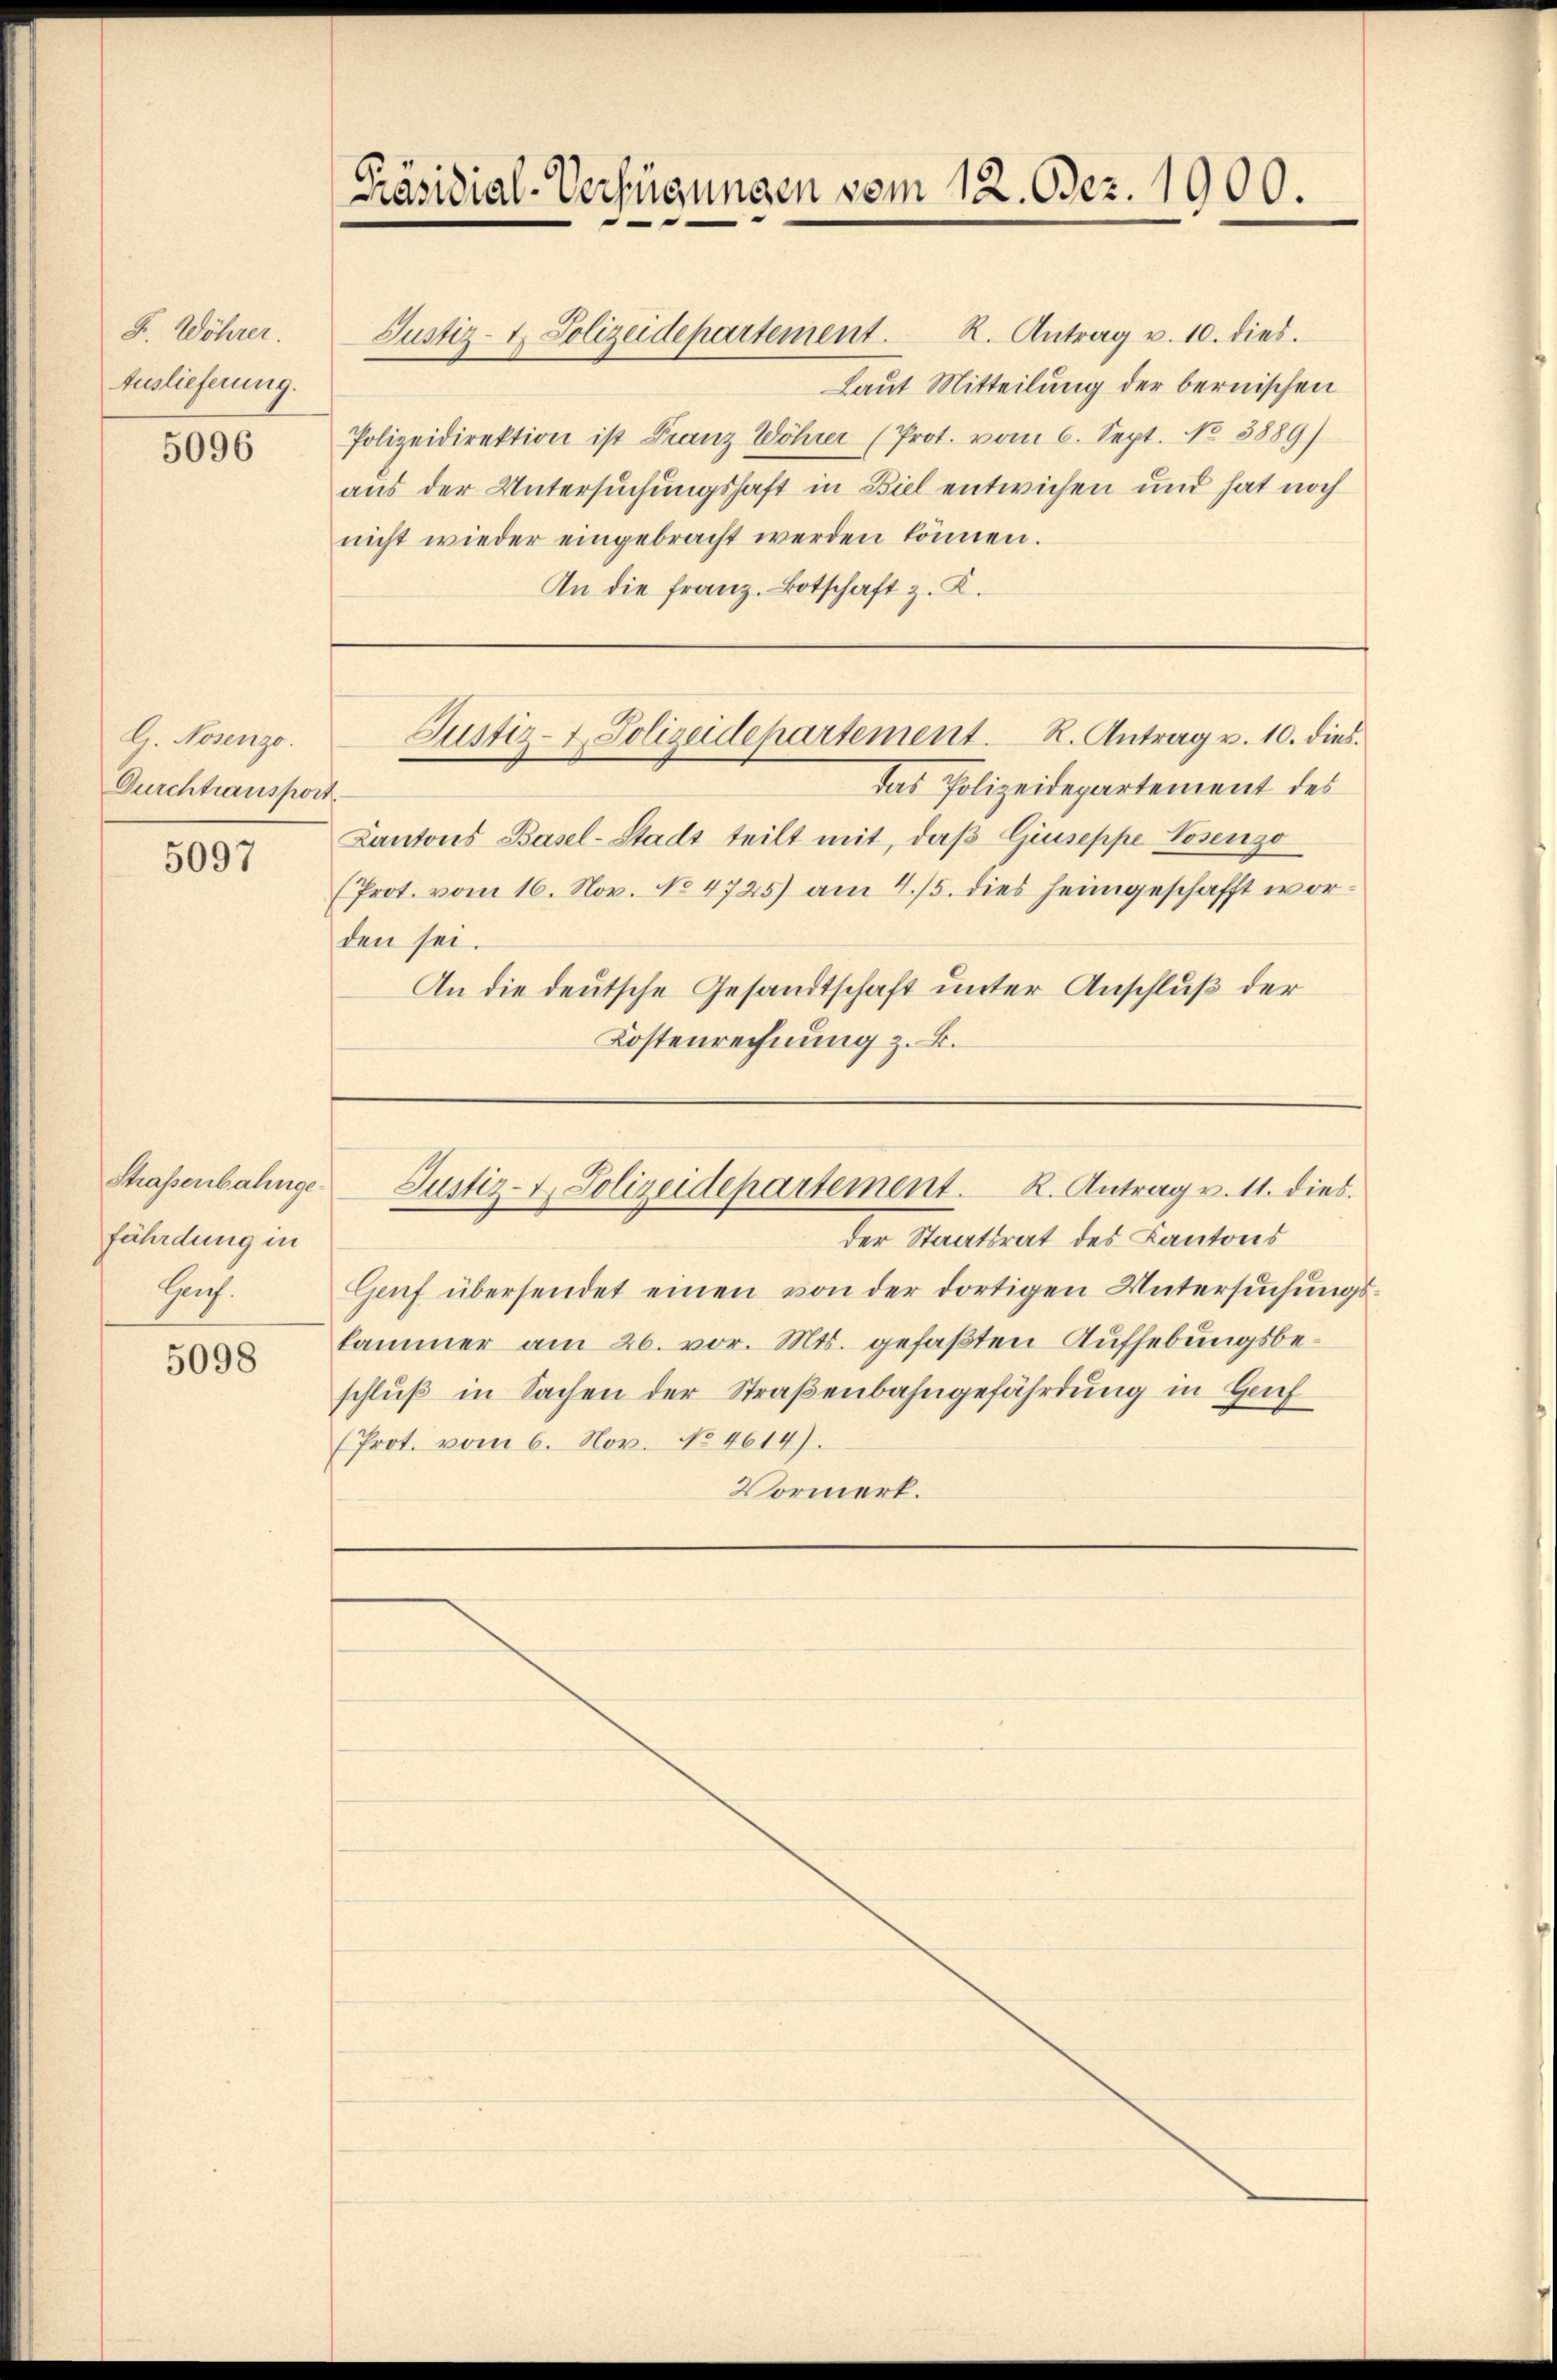
F. Wöhrer.
Auslieferung.

5096

G. Nosenzo.
Durchtransport

5097

Straßenbahngefährdung in
Hch.

5098

nicht wieder eingebracht werden können.
An die franz. Botschaft z. K.

Präsidial-Verfügungen vom 12. Dez. 1900.

R. Antrag v. 10. dies.
Laut Mitteilung der bernischen
Polizeidirektion ist Franz Wöhrer (Prot. vom 6. Sept. No 3889)
aus der Untersuchungshaft in Biel entwichen und hat noch

Justiz- & Polizeidepartement.

Das Polizeidepartement des
Cantons Basel-Stadt teilt mit, daβ Giuseppe Posenzo
(Prot. vom 16. Nov. No. 4725) am 4./5. dies heimgeschafft worden sei.
An die deutsche Gesandtschaft unter Anschluß der
Kostenrechnung z. B.

Justiz- & Polizeidepartement. R. Antrag v. 10. dies

der Staatsrat des Kantons
Genf übersendet einen von der dortigen Untersuchungskammer am 26. vor. Mts. gefaßten Aufhebungsbeschlŭβ in Sachen der Straßenbahngefährdung in Genf
(Prot. vom 6. Nov. No. 4614).
Vormerk.

Justiz- & Polizeidepartement. K. Antrag v. 11. dies